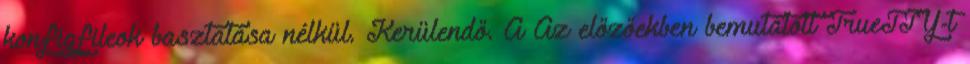
konfigfileok basztatása nélkül. Kerülendő. A Az előzőekben bemutatott TrueTTY-t